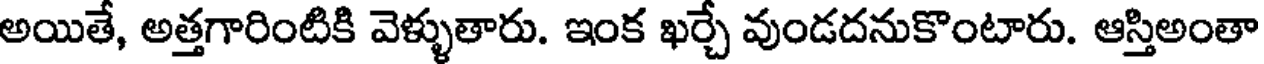
అయితే, అత్తగారింటికి వెళ్ళుతారు. ఇంక ఖర్చే వుండదనుకొంటారు. ఆస్తిఅంతా